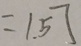
= 1 . 5 7